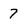
Character: 7